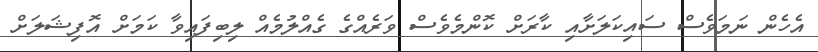
އެހެން ނަމަވެސް ސައިކަލަށާއި ކާރަށް ކޮންމެވެސް ވަރެއްގެ ގެއްލުމެއް ލިބިފައިވާ ކަމަށް އޮފިޝަލަށް